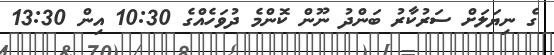
ގެ ނިޔަލަށް ސަރުކާރު ބަންދު ނޫން ކޮންމެ ދުވަހެއްގެ 10:30 އިން 13:30